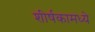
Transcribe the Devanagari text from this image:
शीर्षकामध्ये